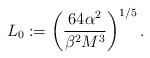
LaTeX: \begin{align*}L_{0}:=\left(\frac{64\alpha^{2}}{\beta^{2}M^{3}}\right)^{1/5}.\end{align*}